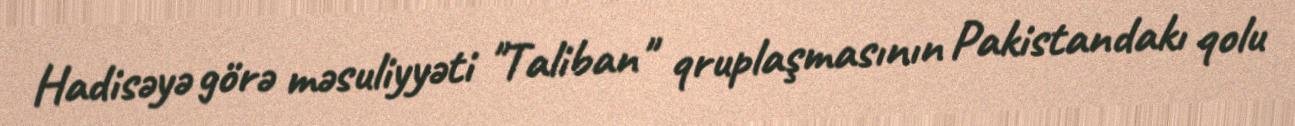
Hadisəyə görə məsuliyyəti "Taliban" qruplaşmasının Pakistandakı qolu